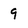
Character: 9